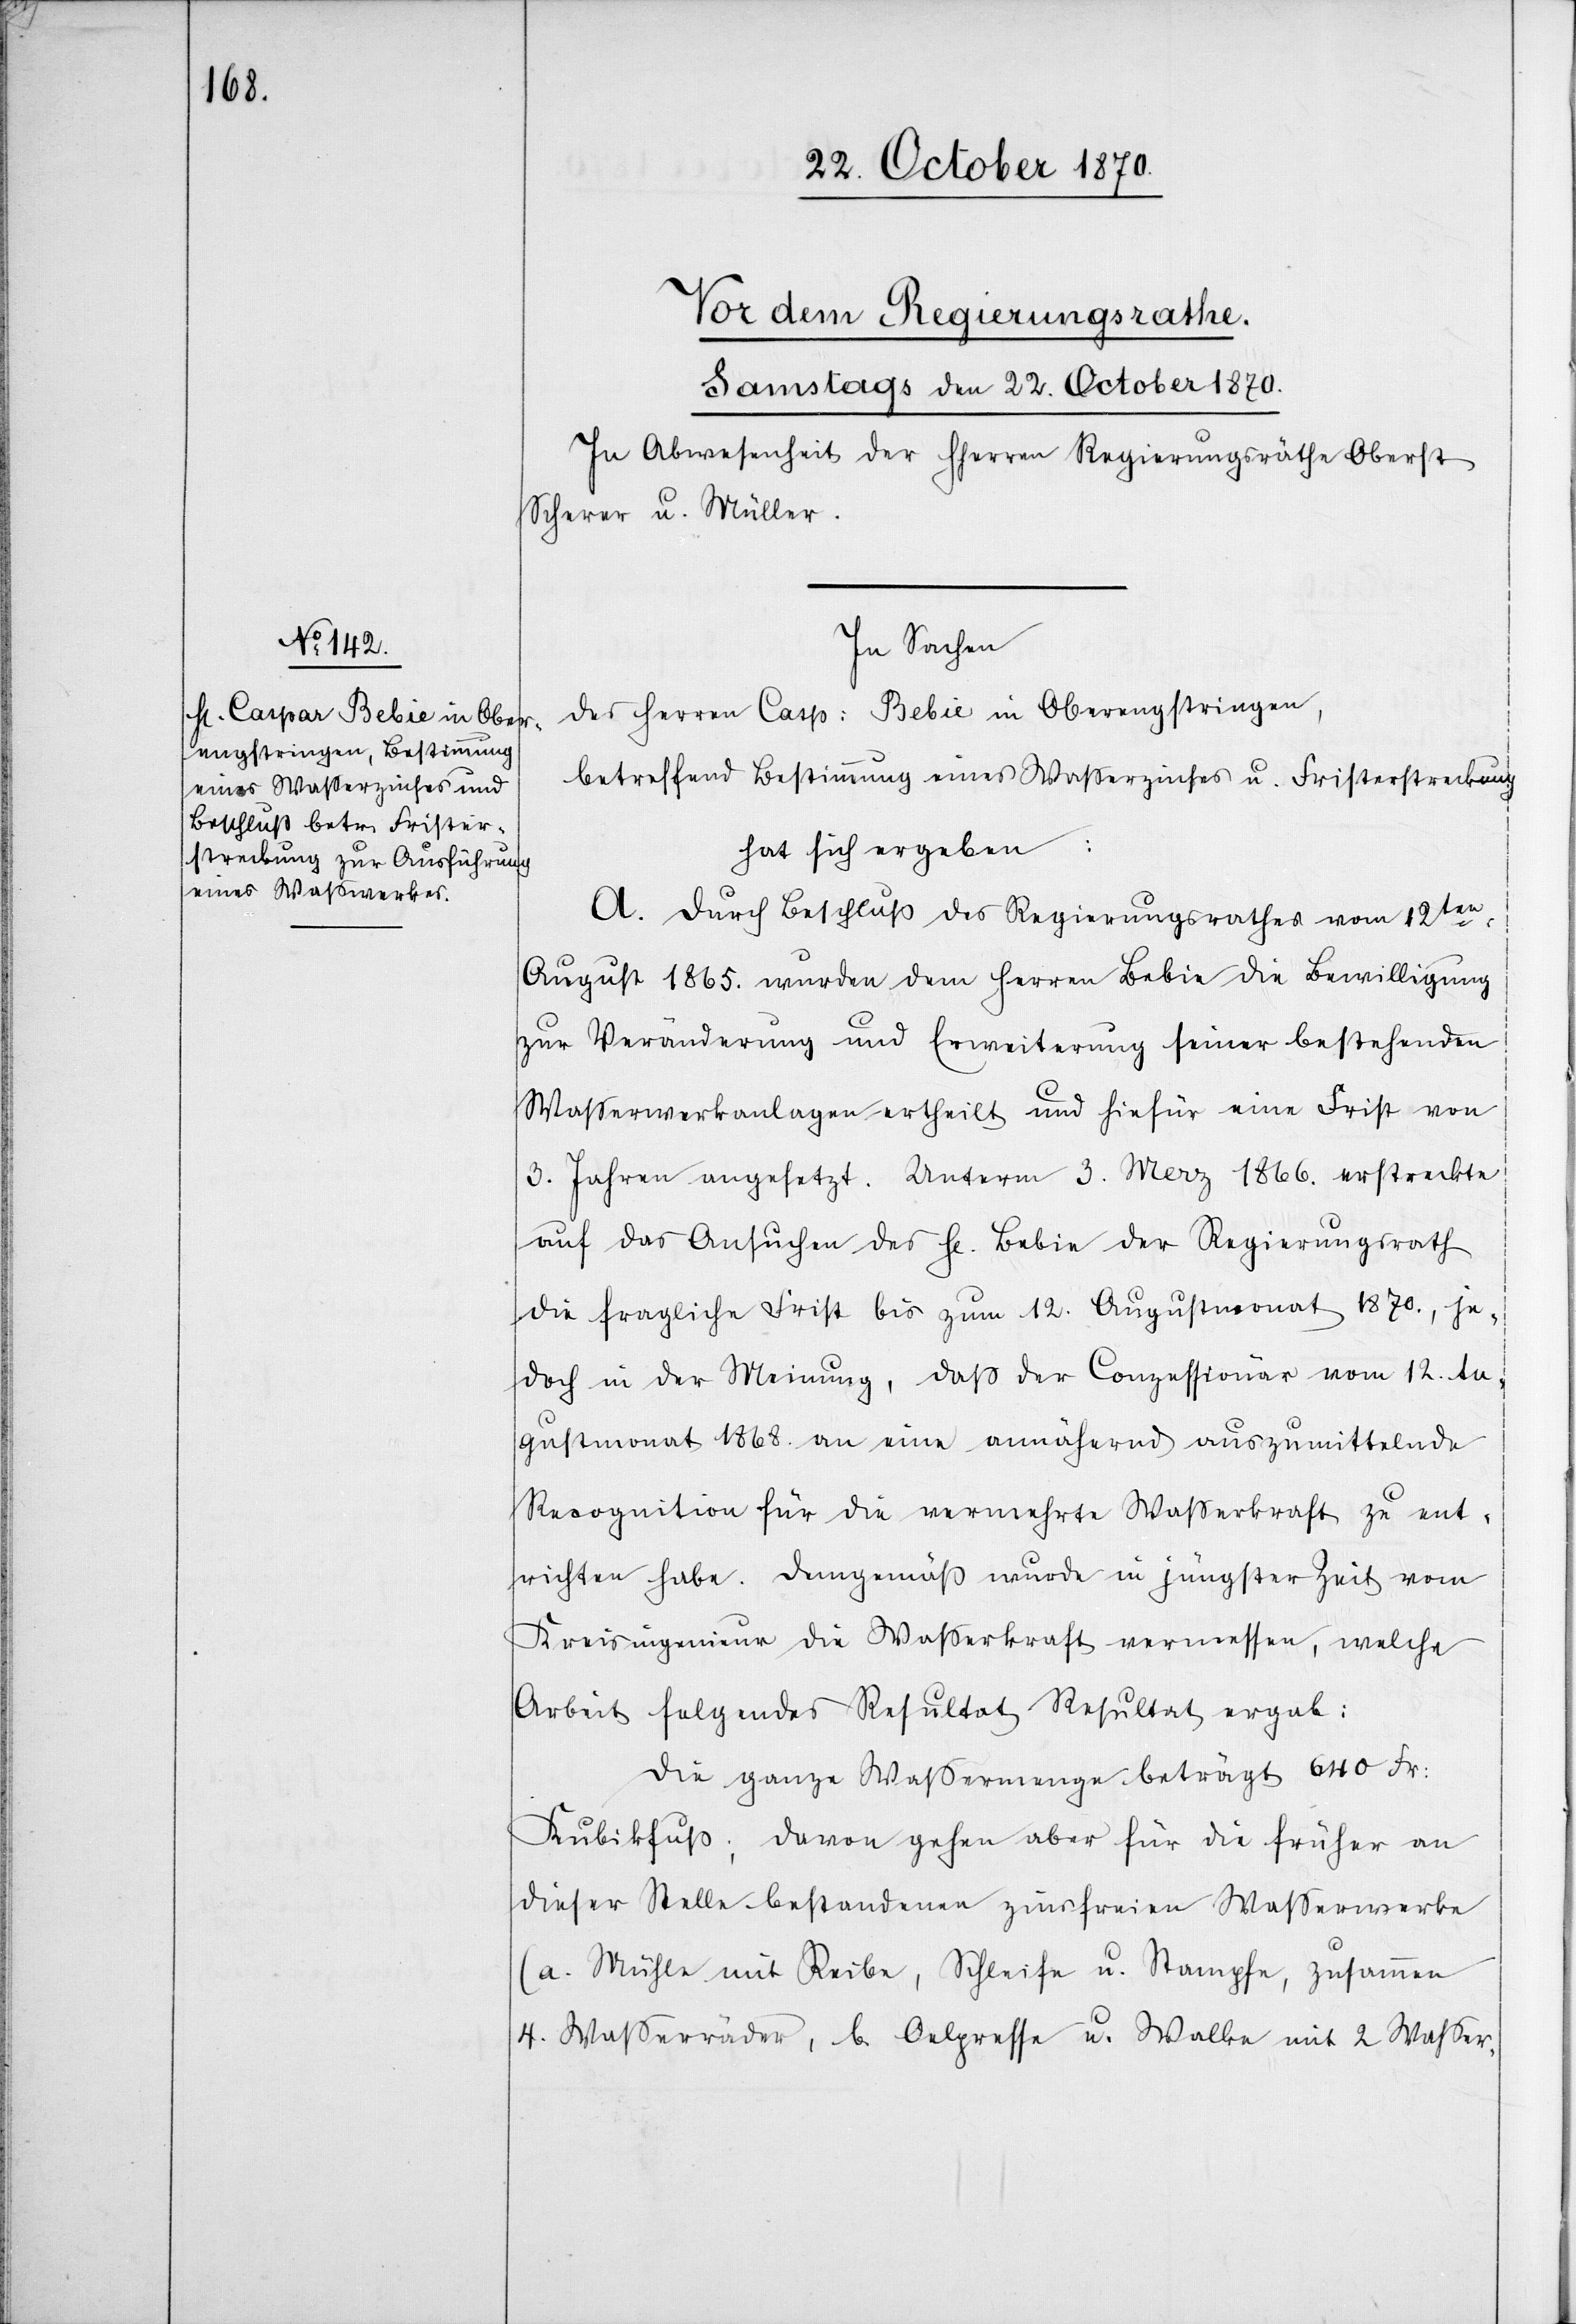
In Sachen
des Herren Casp: Bebie in Oberengstringen,
betreffend Bestimmung eines Waßerzinses u. Fristerstreckung
hat sich ergeben:
A. Durch Beschluß des Regierungsrathes vom 12ten:
August 1865. wurde dem Herren Bebie die Bewilligung
zur Veränderung und Erweiterung seiner bestehenden
Waßeranlagen ertheilt und hiefür eine Frist von
3. Jahren angesetzt. Unterm 3. März 1866. erstreckte
auf das Ansuchen des H[errn] Bebie der Regierungsrath
die fragliche Frist bis zum 12. Augustmonat 1870., je¬
doch in der Meinung, daß der Conzessionär vom 12. Au¬
gustmonat 1868. an eine annähernd auszumittelnde
Recognition für die vermehrte Wasserkraft zu ent¬
richten habe. Demgemäß wurde in jüngster Zeit vom
Kreisingenieur die Wasserkraft vermessen, welche
Arbeit folgendes Resultat Resultat [sic!] ergab:
Die ganze Waßermenge beträgt 640 Fr:
Kubikfuß, davon gehen aber für die früher an
dieser Stelle bestandenen zum freien Waßererwerbe
(a. Mülle mit Reibe, Schleife u. Stampfe, zusammen
4. Wasserräder, b. Oelpresse u. Walke mit 2 Waßer-